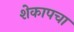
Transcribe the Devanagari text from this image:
शेकापचा